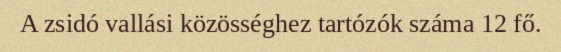
A zsidó vallási közösséghez tartózók száma 12 fő.